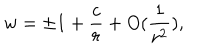
LaTeX: w = \pm 1 + \frac { c } { r } + O ( \frac { 1 } { r ^ { 2 } } ) ,